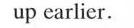
up earlier.